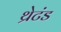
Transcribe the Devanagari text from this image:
थ्रेटंड